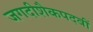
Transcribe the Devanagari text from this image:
जगदीशैकपदवीं